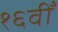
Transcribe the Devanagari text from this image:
१६वीँ